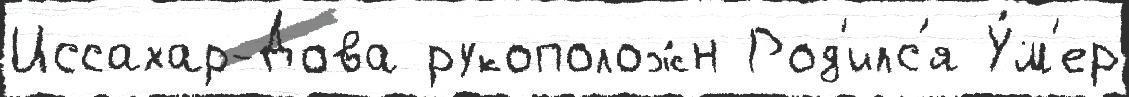
Иссахар-Дова рукополож́н Род'илс'я У́м'ер